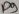
Text: D9